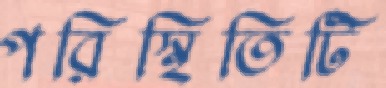
পরিস্থিতিটি